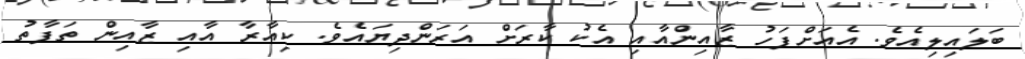
ބަލައިލިއެވެ. އެއަށްފަހު ޒާއިންއާއި އެކު ކާރަށް އަރަންދިޔައެވެ. ކިއާރާ އާއި ޒާއިން ތަފާތު